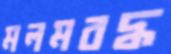
মলমবদ্ধ